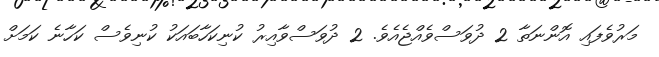
މަރުވެފައި އޮންނަތާ 2 ދުވަސްވެއްޖެއެވެ. 2 ދުވަސްވާއިރު ކުނިކަހާބައަކު ކުނިވެސް ކަހާނެ ކަމަށް